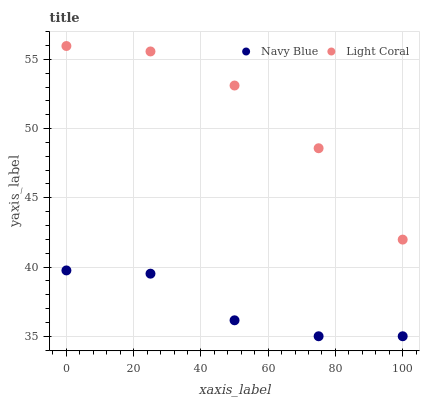
| xaxis_label | Navy Blue | Light Coral |
 | --- | --- | --- |
 | 0 | 39.8 | 56 |
 | 25 | 39.5 | 55.6 |
 | 50 | 36.2 | 53.1 |
 | 75 | 35 | 48.6 |
 | 100 | 35 | 42 |